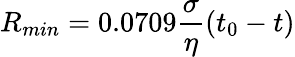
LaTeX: R_{min}=0.0709\frac{\sigma}{\eta}(t_{0}-t)